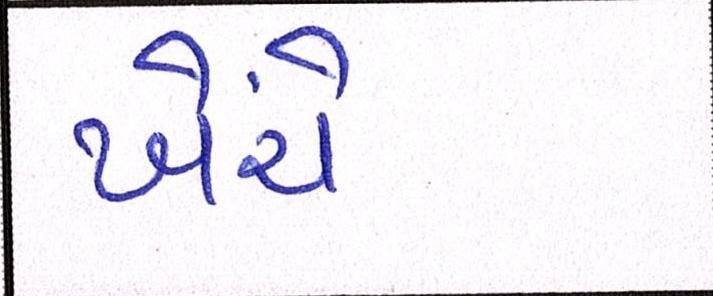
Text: ખેંચે